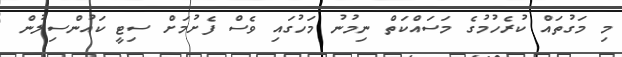
މި މަގުތައް ކުރެހުމުގެ މަސައްކަތް ނިމުނު މަހުގައި ވެސް ފެށުމަށް ސިޓީ ކައުންސިލުން